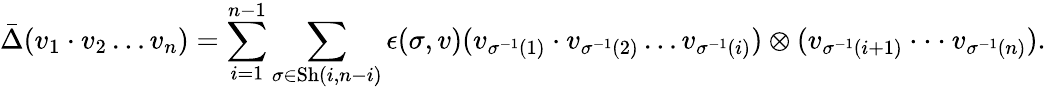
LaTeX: \bar{\Delta}(v_{1}\cdot v_{2}\dots v_{n})=\sum_{i=1}^{n-1}\sum_{\sigma\in\mathrm{Sh}(i,n-i)}\epsilon(\sigma,v)(v_{\sigma^{-1}(1)}\cdot v_{\sigma^{-1}(2)}\dots v_{\sigma^{-1}(i)})\otimes(v_{\sigma^{-1}(i+1)}\cdot\cdot\cdot v_{\sigma^{-1}(n)}).